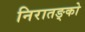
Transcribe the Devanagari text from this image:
निरातङ्को